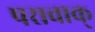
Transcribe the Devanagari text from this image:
परावाक्